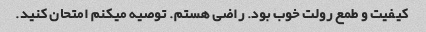
کیفیت و طمع رولت خوب بود. راضی هستم. توصیه میکنم امتحان کنید.